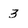
Character: 3